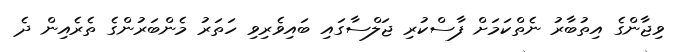
ވިޖާންގެ އިތުބާރު ނެތްކަމަށް ފާސްކުރި ޖަލްސާގައި ބައިވެރިވި ހަތަރު މެންބަރުންގެ ތެރެއިން ދެ